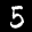
Label: 5